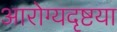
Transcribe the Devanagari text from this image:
आरोग्यदृष्टया